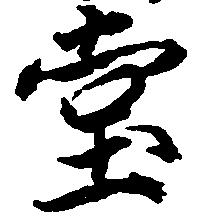
堂